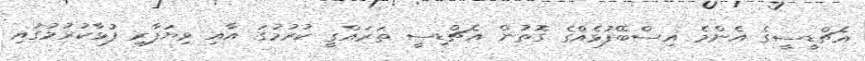
އެޗްޑީސީގެ އެންމެ އިސްބޭފުޅެއްގެ ގޮތުން އެޗްޑިސީ ތަރައްގީ ކުރުމުގަ އާއި ވިޔަފާރި ފުޅާކުރުމުގައި